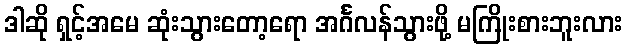
ဒါဆို ရှင့်အမေ ဆုံးသွားတော့ရော အင်္ဂလန်သွားဖို့ မကြိုးစားဘူးလား